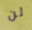
لن